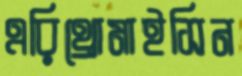
এরিথ্রোমাইসিন